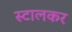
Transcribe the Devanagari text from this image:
स्टालकर